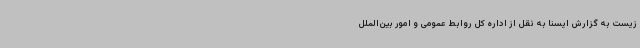
زیست به گزارش ایسنا به نقل از اداره کل روابط عمومی و امور بین‌الملل